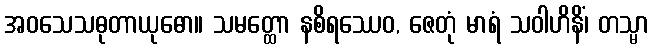
အဝသေသဓုတာယုဓော။ သမတ္ထော နစိရဿေဝ, ဇေတုံ မာရံ သဝါဟိနိံ၊ တသ္မာ